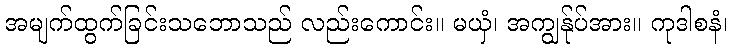
အမျက်ထွက်ခြင်းသဘောသည် လည်းကောင်း။ မယှံ၊ အကျွန်ုပ်အား။ ကုဒါစနံ၊